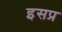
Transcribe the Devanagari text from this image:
इसप्र